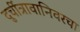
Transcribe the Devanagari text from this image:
दुर्चीत्रावानिवरचा